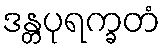
ဒန္တပုရက္ခတံ